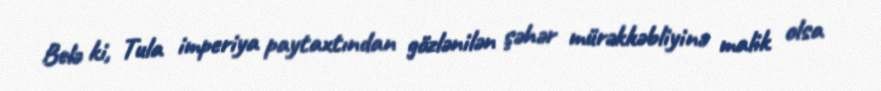
Belə ki, Tula imperiya paytaxtından gözlənilən şəhər mürəkkəbliyinə malik olsa